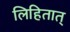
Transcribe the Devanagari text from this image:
लिहितात्